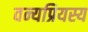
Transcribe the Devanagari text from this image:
वन्यप्रियस्य